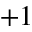
+ 1